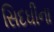
સિદઘીના